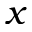
x